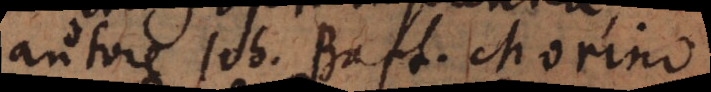
autore Joh. Bapt. Morino